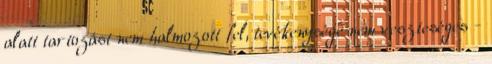
alatt tartozást nem halmozott fel, tevékenysége nem veszteséges -